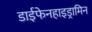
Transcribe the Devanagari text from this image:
डाईफेनहाइड्रामिन